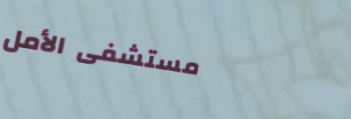
مستشفى الأمل